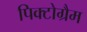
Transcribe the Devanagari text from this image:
पिक्टोग्रैम